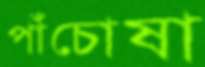
পাঁচোষা